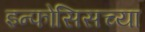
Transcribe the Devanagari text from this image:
इन्फोसिसच्या